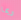
ربما